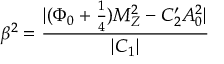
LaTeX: \beta ^ { 2 } = \frac { | ( \Phi _ { 0 } + \frac { 1 } { 4 } ) M _ { Z } ^ { 2 } - C _ { 2 } ^ { \prime } A _ { 0 } ^ { 2 } | } { | C _ { 1 } | }